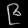
Digit: ၉